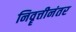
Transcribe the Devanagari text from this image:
निवॄत्तीनंतर